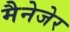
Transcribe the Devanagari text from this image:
मैनेजेर